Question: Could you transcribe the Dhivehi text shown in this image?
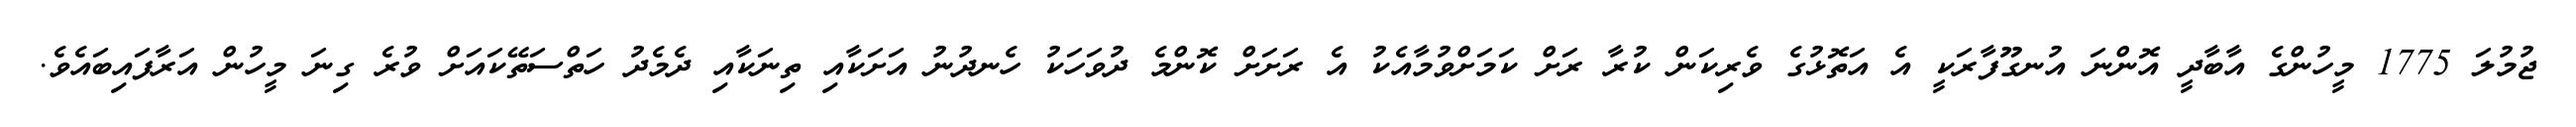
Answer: ޖުމުލަ 1775 މީހުންގެ އާބާދީ އޮންނަ އުނގޫފާރަކީ އެ އަތޮޅުގެ ވެރިކަން ކުރާ ރަށް ކަމަށްވުމާއެކު އެ ރަށަށް ކޮންމެ ދުވަހަކު ހެނދުނު އަށަކާއި ތިނަކާއި ދެމެދު ހަތްސަތޭކައަށް ވުރެ ގިނަ މީހުން އަރާފައިބައެވެ.